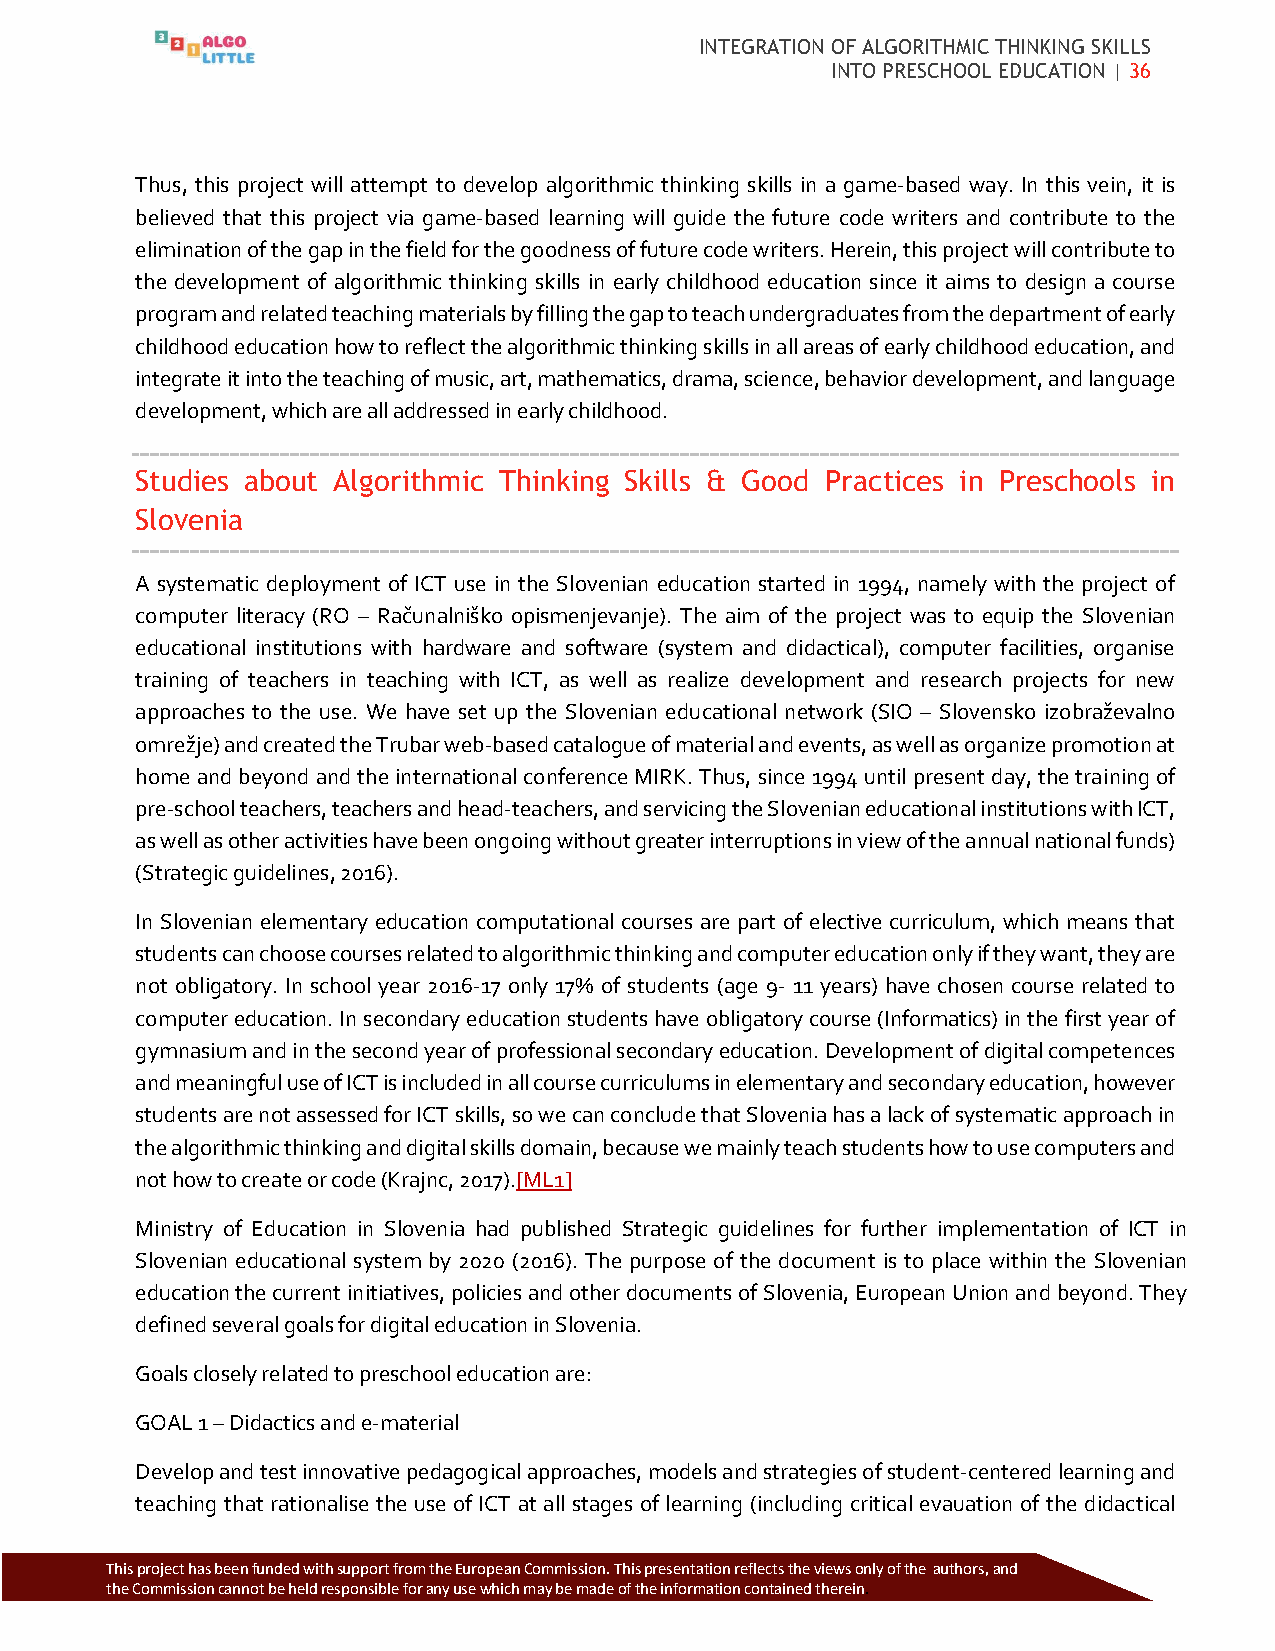
INTEGRATION OF ALGORITHMIC THINKING SKILLS
 INTO PRESCHOOL EDUCATION | 36
 Thus, this project will attempt to develop algorithmic thinking skills in a game-based way. In this vein, it is
 believed that this project via game-based learning will guide the future code writers and contribute to the
 elimination of the gap in the field for the goodness of future code writers. Herein, this project will contribute to
 the development of algorithmic thinking skills in early childhood education since it aims to design a course
 program and related teaching materials by filling the gap to teach undergraduates from the department of early
 childhood education how to reflect the algorithmic thinking skills in all areas of early childhood education, and
 integrate it into the teaching of music, art, mathematics, drama, science, behavior development, and language
 development, which are all addressed in early childhood.
 Studies about Algorithmic Thinking Skills & Good Practices in Preschools in
 Slovenia
 A systematic deployment of ICT use in the Slovenian education started in 1994, namely with the project of
 computer literacy (RO – Računalniško opismenjevanje). The aim of the project was to equip the Slovenian
 educational institutions with hardware and software (system and didactical), computer facilities, organise
 training of teachers in teaching with ICT, as well as realize development and research projects for new
 approaches to the use. We have set up the Slovenian educational network (SIO – Slovensko izobraževalno
 omrežje) and created the Trubar web-based catalogue of material and events, as well as organize promotion at
 home and beyond and the international conference MIRK. Thus, since 1994 until present day, the training of
 pre-school teachers, teachers and head-teachers, and servicing the Slovenian educational institutions with ICT,
 as well as other activities have been ongoing without greater interruptions in view of the annual national funds)
 (Strategic guidelines, 2016).
 In Slovenian elementary education computational courses are part of elective curriculum, which means that
 students can choose courses related to algorithmic thinking and computer education only if they want, they are
 not obligatory. In school year 2016-17 only 17% of students (age 9- 11 years) have chosen course related to
 computer education. In secondary education students have obligatory course (Informatics) in the first year of
 gymnasium and in the second year of professional secondary education. Development of digital competences
 and meaningful use of ICT is included in all course curriculums in elementary and secondary education, however
 students are not assessed for ICT skills, so we can conclude that Slovenia has a lack of systematic approach in
 the algorithmic thinking and digital skills domain, because we mainly teach students how to use computers and
 not how to create or code (Krajnc, 2017).[ML1]
 Ministry of Education in Slovenia had published Strategic guidelines for further implementation of ICT in
 Slovenian educational system by 2020 (2016). The purpose of the document is to place within the Slovenian
 education the current initiatives, policies and other documents of Slovenia, European Union and beyond. They
 defined several goals for digital education in Slovenia.
 Goals closely related to preschool education are:
 GOAL 1 – Didactics and e-material
 Develop and test innovative pedagogical approaches, models and strategies of student-centered learning and
 teaching that rationalise the use of ICT at all stages of learning (including critical evauation of the didactical
 Thi s project has been funded with support from the European Commission. This p resentation reflects the views only of the authors, and
 the Commission cannot be held responsible for any use which may be made of the information contained therein.